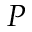
P